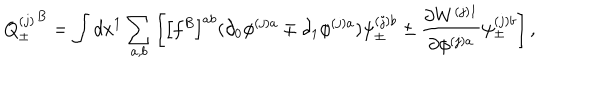
{ Q _ { \pm } ^ { ( j ) } } ^ { B } = \int d x ^ { 1 } \sum _ { a , b } \left[ \left[ f ^ { B } \right] ^ { a b } ( \partial _ { 0 } \phi ^ { ( j ) a } \mp \partial _ { 1 } \phi ^ { ( j ) a } ) \psi _ { \pm } ^ { ( j ) b } \pm \frac { \partial W ^ { ( j ) 1 } } { \partial \phi ^ { ( j ) a } } \psi _ { \mp } ^ { ( j ) b } \right] ,